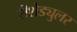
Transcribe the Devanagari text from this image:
रीशेड्युलर